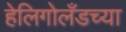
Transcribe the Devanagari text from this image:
हेलिगोलँडच्या